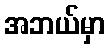
အဘယ်မှာ